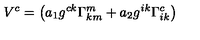
V ^ { c } = \left( a _ { 1 } g ^ { c k } \Gamma _ { k m } ^ { m } + a _ { 2 } g ^ { i k } \Gamma _ { i k } ^ { c } \right)